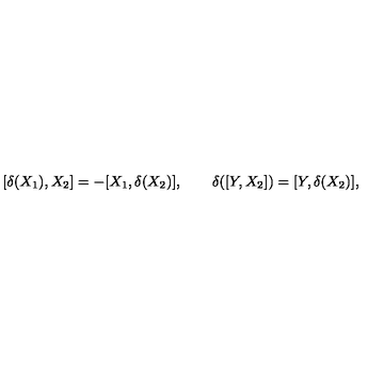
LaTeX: [ \delta ( X _ { 1 } ) , X _ { 2 } ] = - [ X _ { 1 } , \delta ( X _ { 2 } ) ] , \qquad \delta ( [ Y , X _ { 2 } ] ) = [ Y , \delta ( X _ { 2 } ) ] ,